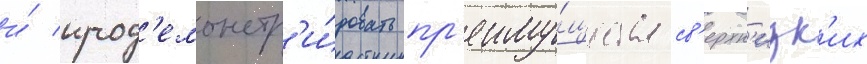
и́ прод'емонстр'и́ровать пр'еиму́щества св'ерхн'изк'их